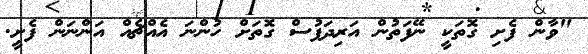
"ވާން ފެށި ގޮތަކީ ނޭފަތުން އަރިދަފުސް ގޮތަށް ހުންނަ އެއްޗެއް އަންނަން ފެށީ.